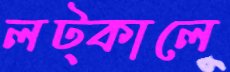
লট্‌কালে